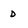
Character: D